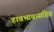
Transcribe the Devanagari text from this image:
हावभावासहित